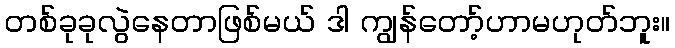
တစ်ခုခုလွဲနေတာဖြစ်မယ် ဒါ ကျွန်တော့်ဟာမဟုတ်ဘူး။